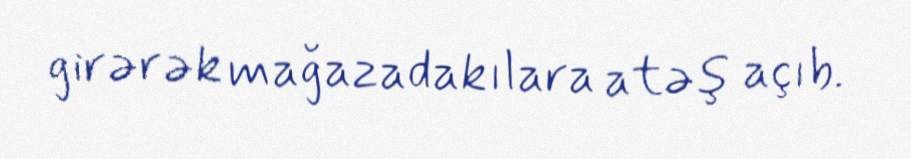
girərək mağazadakılara atəş açıb.